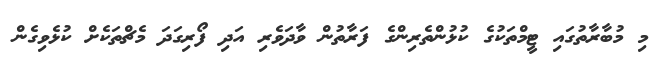
މި މުބާރާތުގައި ޓީމްތަކުގެ ކުޅުންތެރިންގެ ފަރާތުން ވާދަވެރި އަދި ފޯރިގަދަ މެޗްތަކެށް ކުޅެވިގެން